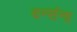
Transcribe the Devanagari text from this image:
वन्संना